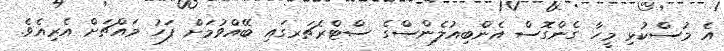
އެ މުސްކުޅި މީހާ ގެންގޮސް އެންބިއުލެންސްގެ ސްޓްރެޗަރގައި ބޭއްވުމަށް ފަހު މައްޗަށް އެރިއެވެ.